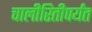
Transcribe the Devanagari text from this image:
चालीरितीपर्यंत